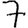
Digit: 7